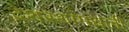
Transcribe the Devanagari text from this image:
देशस्थांमधली